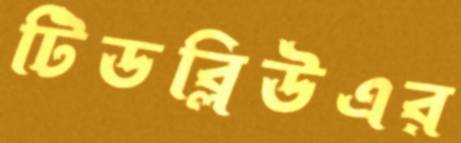
টিডব্লিউএর